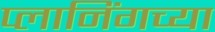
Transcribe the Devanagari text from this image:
प्लानिंगच्या